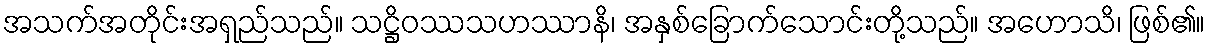
အသက်အတိုင်းအရှည်သည်။ သဋ္ဌိဝဿသဟဿာနိ၊ အနှစ်ခြောက်သောင်းတို့သည်။ အဟောသိ၊ ဖြစ်၏။